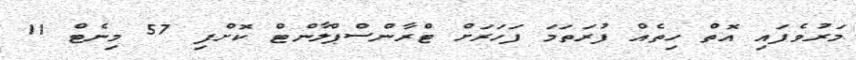
މަރުވެފައި އޮތް ހިތެއް ފުރަތަމަ ފަހަރަށް ޓްރާންސްޕްލާންޓް ކޮށްފި 57 މިނެޓް 11